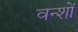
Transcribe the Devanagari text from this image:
वन्शों